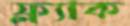
ফ্ল্যাক